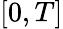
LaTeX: \left[0,T\right]